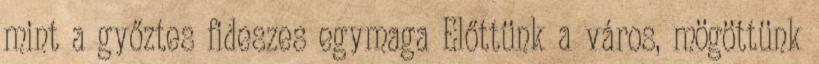
mint a győztes fideszes egymaga Előttünk a város, mögöttünk